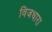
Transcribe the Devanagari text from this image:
विजधारा